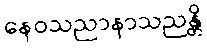
နေဝသညာနာသညန္တိ